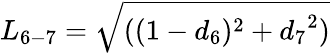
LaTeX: {L_{6-7}}=\sqrt{((1-{d_{6}})^{2}+{d_{7}}^{2})}